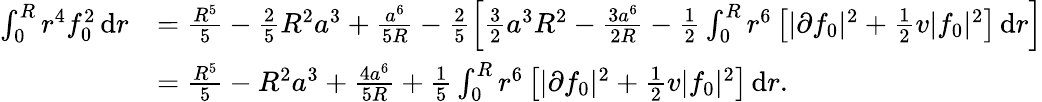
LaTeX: \begin{array}{rl}{\int_{0}^{R}r^{4}f_{0}^{2}\, \textnormal{d}r}&{=\frac{R^{5}}{5}-\frac{2}{5}R^{2}a^{3}+\frac{a^{6}}{5R}-\frac{2}{5}\left[\frac{3}{2}a^{3}R^{2}-\frac{3a^{6}}{2R}-\frac{1}{2}\int_{0}^{R}r^{6}\left[|\partial f_{0}|^{2}+\frac{1}{2}v|f_{0}|^{2}\right]\, \textnormal{d}r\right]}\\ &{=\frac{R^{5}}{5}-R^{2}a^{3}+\frac{4a^{6}}{5R}+\frac{1}{5}\int_{0}^{R}r^{6}\left[|\partial f_{0}|^{2}+\frac{1}{2}v|f_{0}|^{2}\right]\, \textnormal{d}r.}\end{array}